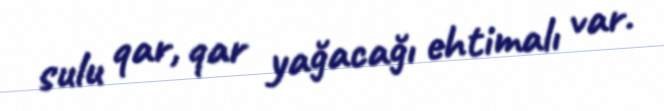
sulu qar, qar yağacağı ehtimalı var.